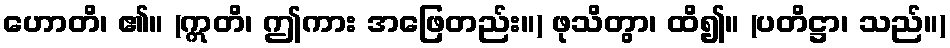
ဟောတိ၊ ၏။ (ဣတိ၊ ဤကား အဖြေတည်း။) ဖုသိတွာ၊ ထိ၍။ (ပတိဋ္ဌာ၊ သည်။)